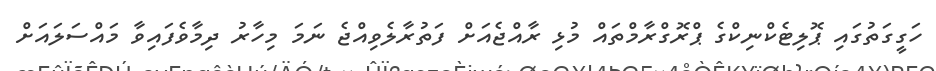
ހަގީގަތުގައި ޕޮލިޓެކްނިކްގެ ޕްރޮގްރާމްތައް މުޅި ރާއްޖެއަށް ފަތުރާލެވިއްޖެ ނަމަ މިހާރު ދިމާވެފައިވާ މައްސަލައަށް